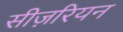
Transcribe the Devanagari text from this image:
सीज़रियन